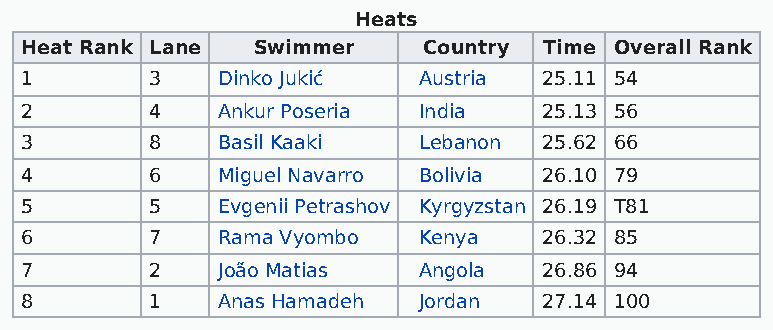
Heats
 Heat Rank Lane  Swimmer    Country Time Overall Rank
 1        3   Dinko Jukić   Austria 25.11 54
 2        4   Ankur Poseria India   25.13 56
 3        8   Basil Kaaki   Lebanon 25.62 66
 4        6   Miguel Navarro Bolivia 26.10 79
 5        5   Evgenii Petrashov Kyrgyzstan 26.19 T81
 6        7   Rama Vyombo   Kenya   26.32 85
 7        2   João Matias   Angola  26.86 94
 8        1   Anas Hamadeh  Jordan  27.14 100